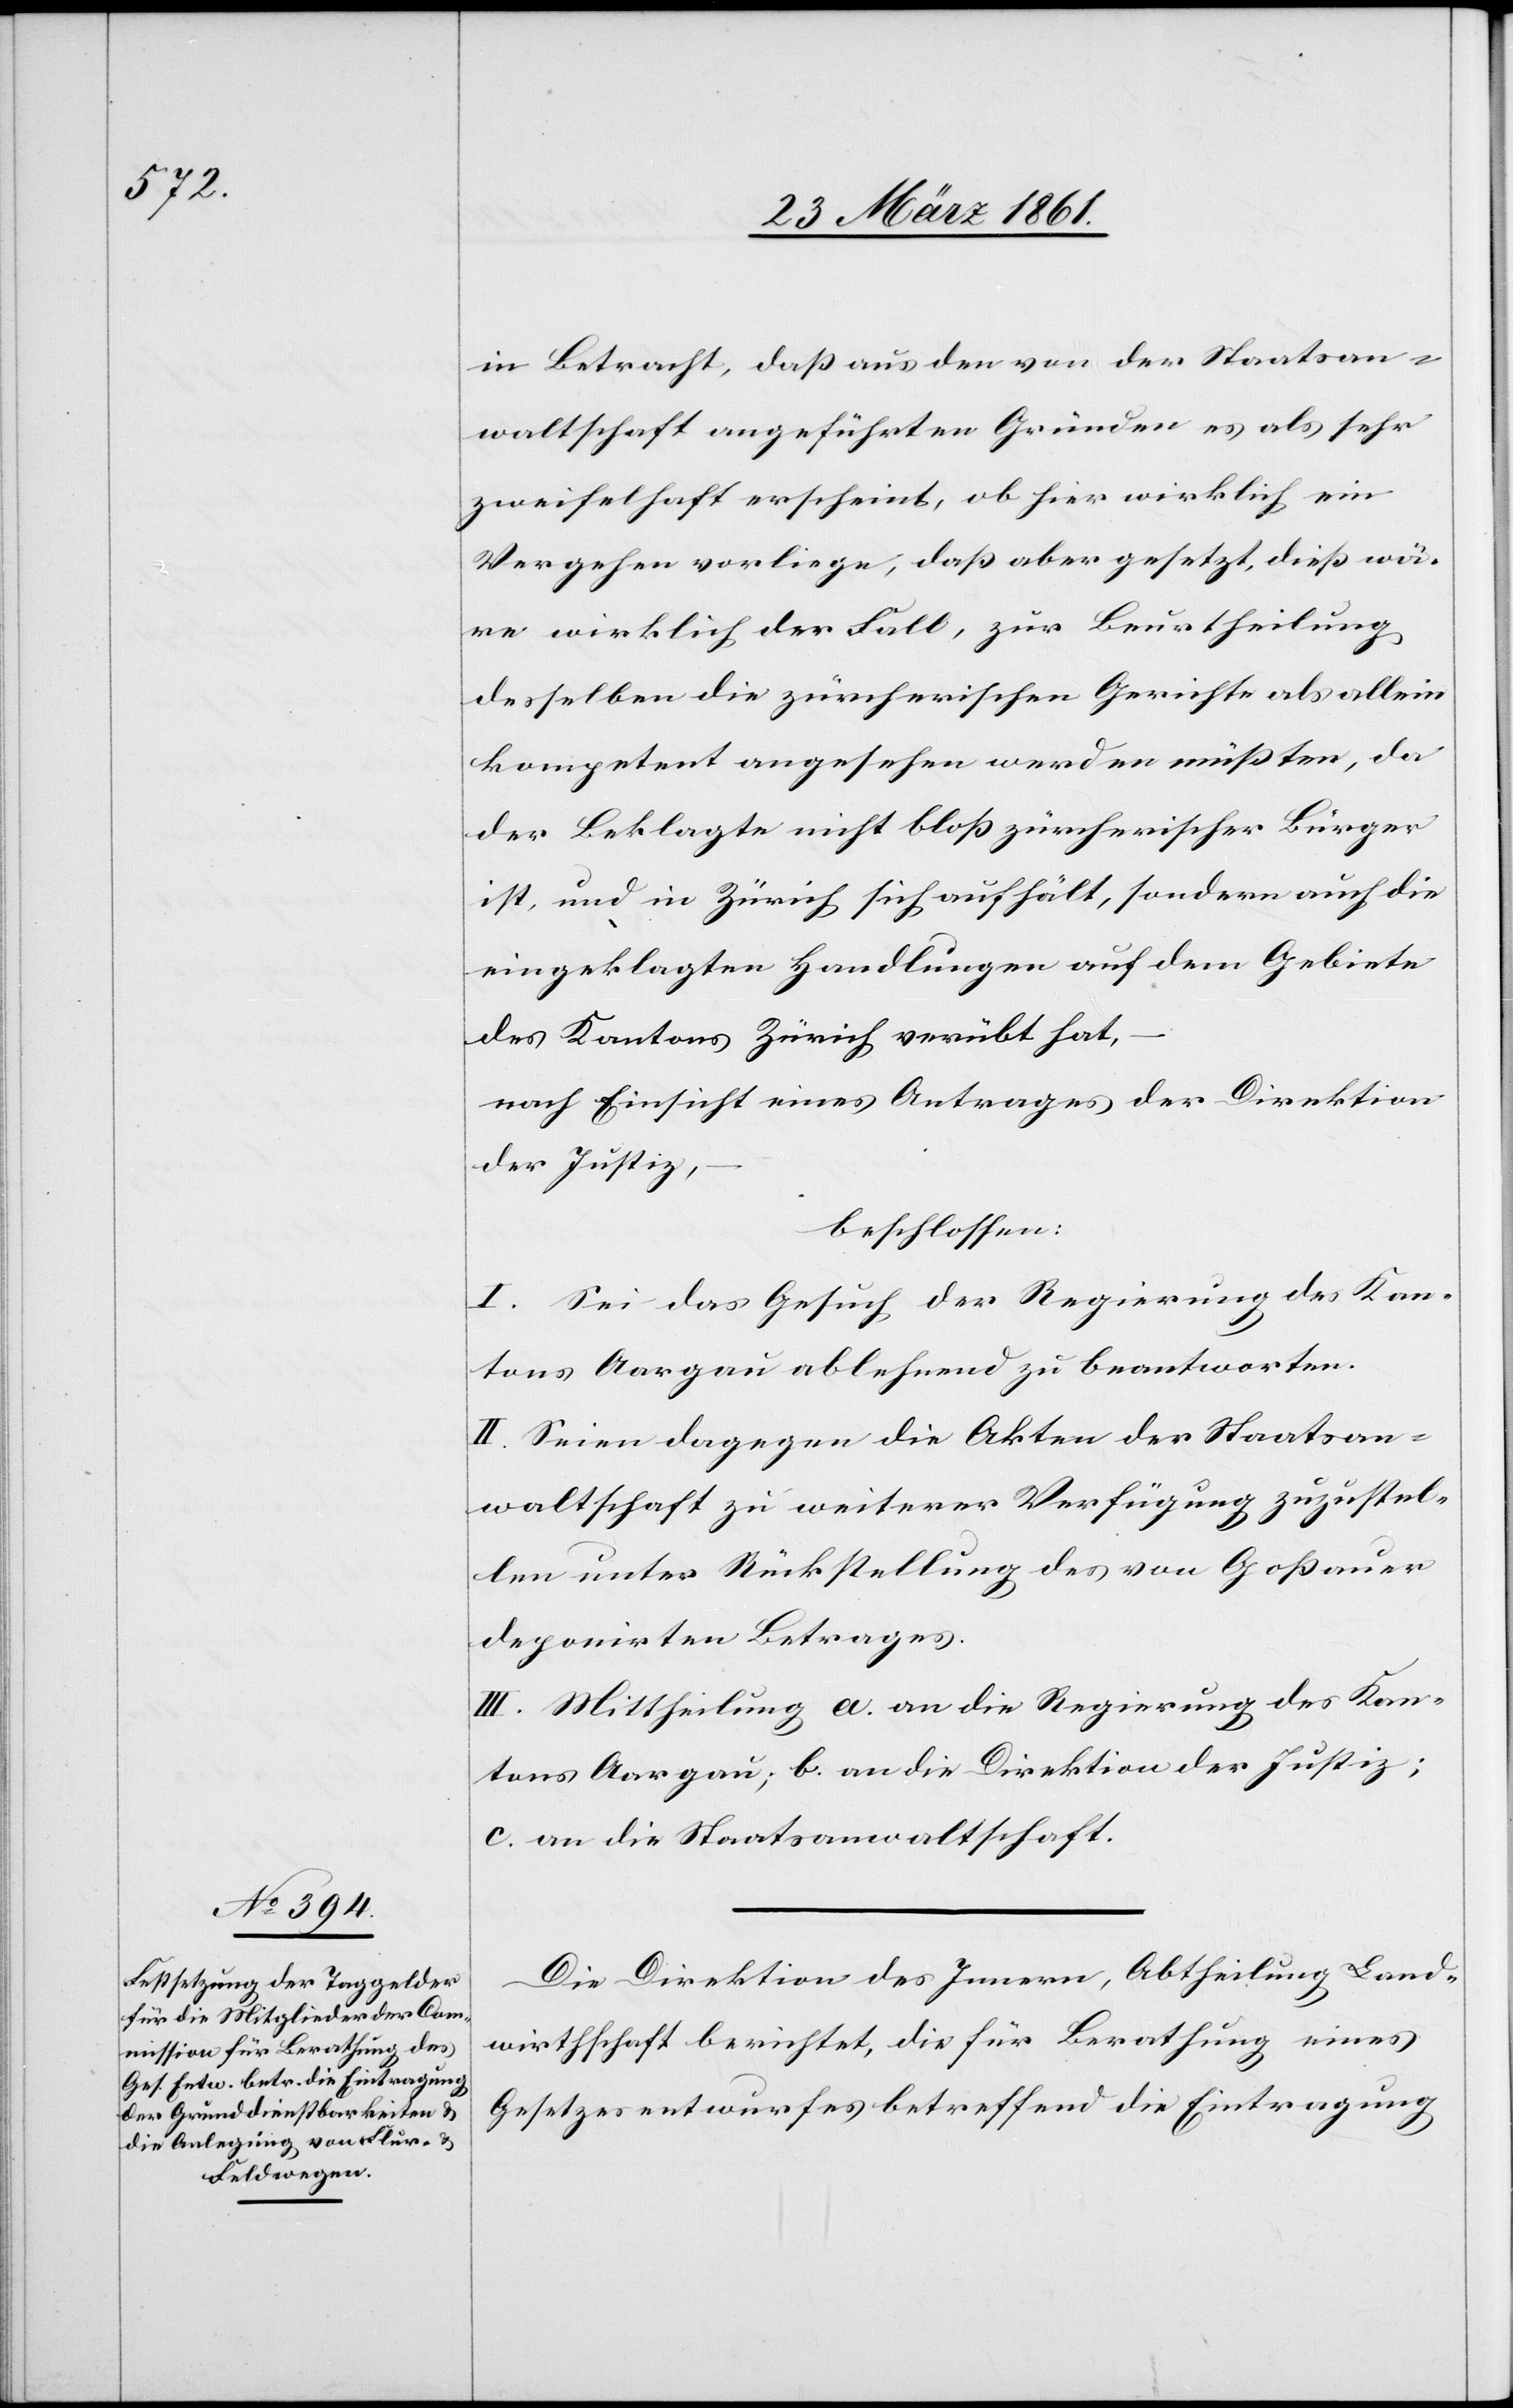
in Betracht, daß aus den von der Staatsan¬
waltschaft angeführten Gründen es als sehr
zweifelhaft erscheint, ob hier wirklich ein
Vergehen vorliege, daß aber gesetzt, dieß wä¬
re wirklich der Fall, zur Beurtheilung
desselben die zürcherischen Gerichte als allein
kompetent angesehen werden müßten, da
der Beklagte nicht bloß zürcherischer Bürger
ist, und in Zürich sich aufhält, sondern auch die
eingeklagten Handlungen auf dem Gebiete
des Kantons Zürich verübt hat,
nach Einsicht eines Antrages der Direktion
der Justiz,
beschlossen:
I. Sei das Gesuch der Regierung des Kan¬
tons Aargau ablehnend zu beantworten.
II. Seien dagegen die Akten der Staatsan¬
waltschaft zu weiterer Verfügung zuzustel¬
len unter Rückstellung des von Goßauer
deponirten Betrages.
III. Mittheilung a. an die Regierung des Kan¬
tons Aargau, b. an die Direktion der Justiz,
c. an die Staatsanwaltschaft.
Die Direktion des Innern, Abtheilung Land¬
wirthschaft berichtet, die für Berathung eines
Gesetzesentwurfes betreffend die Eintragung